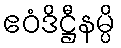
ဧဝံဒိဋ္ဌီနမ္ပိ